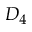
D _ { 4 }